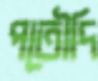
পতৌদি